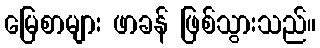
မြေစာများ ဖာခန် ဖြစ်သွားသည်။